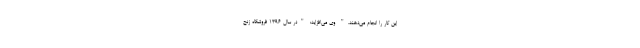
این کار را انجام می‌دهند." وی می‌افزاید: "در سال ۱۳۹۶ فروشگاه زنج